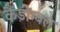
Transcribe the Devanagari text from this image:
कैंडोम्बल